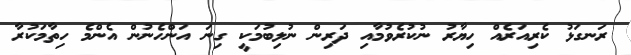
ރަނގަޅު ކެރިއަރެއް ހިޔާރު ނުކުރެވުމާއި ދަރިން ނުލިބުމަކީ ގިނަ އަންހެނުން އެންމެ ހިތާމަކުރާ